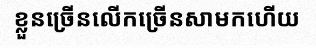
ខ្លួនច្រើនលើកច្រើនសាមកហើយ